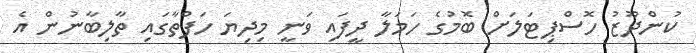
ކުންދޫޒު ހޮސްޕިޓަލަށް ބޮމުގެ ހަމަލާ ދީފައި ވަނީ މިދިޔަ ހަފްތާގައި ތާލިބާނުން އެ